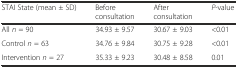
| STAI State (mean ± SD) | Before consultation | After consultation | P-value |
 | --- | --- | --- | --- |
 | All n = 90 | 34.93 ± 9.57 | 30.67 ± 9.03 | <0.01 |
 | Control n = 63 | 34.76 ± 9.84 | 30.75 ± 9.28 | <0.01 |
 | Intervention n = 27 | 35.33 ± 9.23 | 30.48 ± 8.58 | 0.01 |